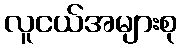
လူငယ်အများစု